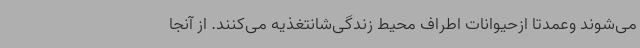
می‌شوند وعمدتا ازحیوانات اطراف محیط زندگی‌شانتغذیه می‌کنند. از آنجا